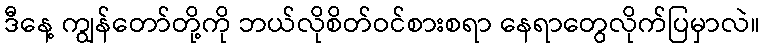
ဒီနေ့ ကျွန်တော်တို့ကို ဘယ်လိုစိတ်ဝင်စားစရာ နေရာတွေလိုက်ပြမှာလဲ။